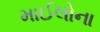
માઈલોના